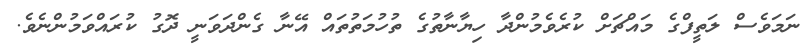
ނަމަވެސް ލަތީފްގެ މައްޗަށް ކުރެވެމުންދާ ހިޔާނާތުގެ ތުހުމަތުތައް އޭނާ ގެންދަވަނީ ދޮގު ކުރައްވަމުންނެވެ.